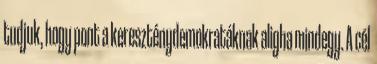
tudjuk, hogy pont a kereszténydemokratáknak aligha mindegy. A cél